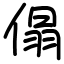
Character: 傝